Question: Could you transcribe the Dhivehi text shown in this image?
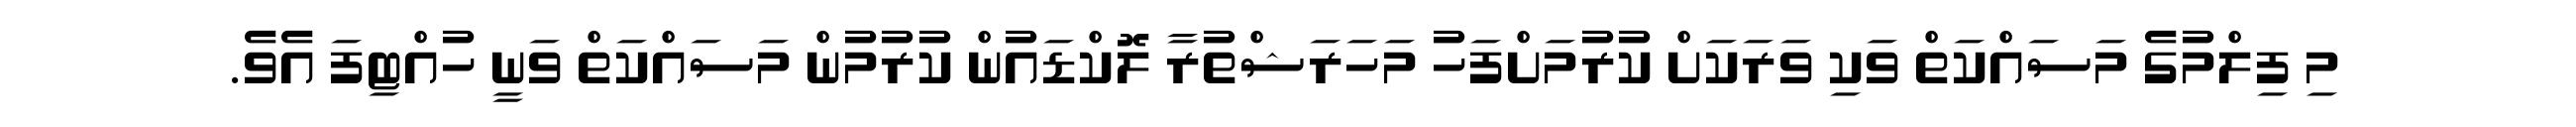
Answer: މި ފިލްމުގެ މަސައްކަތް ވަކި ވަރަކަށް ކުރުމަށްފަހު މަހަރަޝްތުރާ ލޮކްޑައުން ކުރުމުން މަސައްކަތް ވަނީ ހުއްޓިފަ އެވެ.